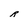
Character: R